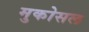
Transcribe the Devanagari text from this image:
मुकोसल